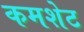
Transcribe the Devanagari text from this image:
कमशेट